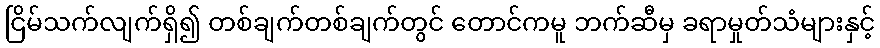
ငြိမ်သက်လျက်ရှိ၍ တစ်ချက်တစ်ချက်တွင် တောင်ကမူ ဘက်ဆီမှ ခရာမှုတ်သံများနှင့်